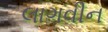
લાગવીન